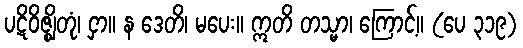
ပဋိဝိဇ္ဈိတုံ၊ ငှာ။ န ဒေတိ၊ မပေး။ ဣတိ တသ္မာ၊ ကြောင့်။ (ပေ ၃၁၉)